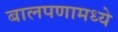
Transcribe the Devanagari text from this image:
बालपणामध्ये